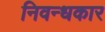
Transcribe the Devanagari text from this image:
निवन्धकार